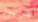
فريدو